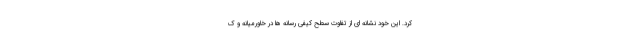
کرد. این خود نشانه ای از تفاوت سطح کیفی رسانه ها در خاورمیانه و ک